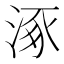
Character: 涿